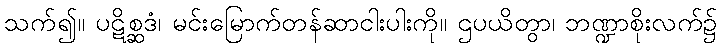
သက်၍။ ပဋိစ္ဆဒံ၊ မင်းမြောက်တန်ဆာငါးပါးကို။ ဌပယိတွာ၊ ဘဏ္ဍာစိုးလက်၌